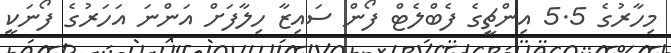
މިހާރުގެ 5.5 އިންޗީގެ ފެބްލެޓް ފޯން ސައިޒާ ހިލާފަށް އަންނަ އަހަރުގެ ފޯނަކީ